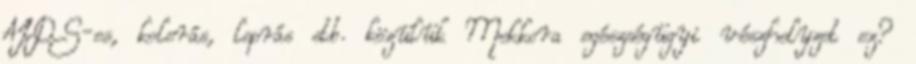
AIDS-es, kolerás, leprás stb. közülük Mekkora egészségügyi vészhelyzet ez?